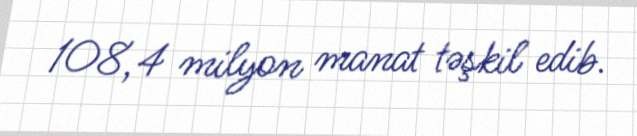
108,4 milyon manat təşkil edib.